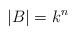
LaTeX: \begin{align*}|B| = k^n \end{align*}